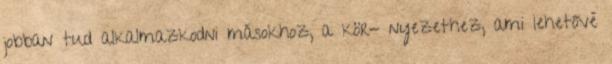
jobban tud alkalmazkodni másokhoz, a kör- nyezethez, ami lehetővé